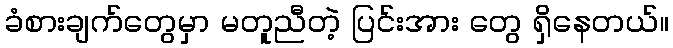
ခံစားချက်တွေမှာ မတူညီတဲ့ ပြင်းအား တွေ ရှိနေတယ်။